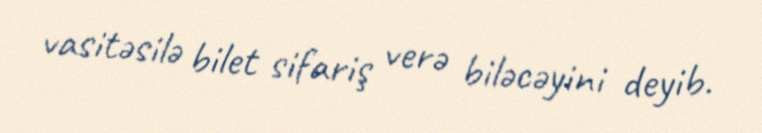
vasitəsilə bilet sifariş verə biləcəyini deyib.